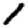
Digit: 1